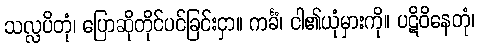
သလ္လပိတုံ၊ ပြောဆိုတိုင်ပင်ခြင်းငှာ။ ကင်္ခံ၊ ငါ၏ယုံမှားကို။ ပဋိဝိနေတုံ၊